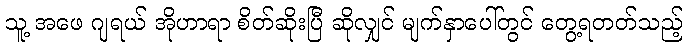
သူ့ အဖေ ဂျရယ် အိုဟာရာ စိတ်ဆိုးပြီ ဆိုလျှင် မျက်နှာပေါ်တွင် တွေ့ရတတ်သည့်